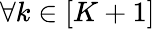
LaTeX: \forall k\in[K+1]